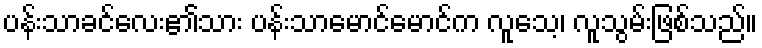
ပန်းသာခင်လေး၏သား ပန်းသာမောင်မောင်က လူသေ့၊ လူသွမ်းဖြစ်သည်။